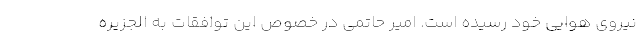
نیروی هوایی خود رسیده است. امیر حاتمی در خصوص این توافقات به الجزیره